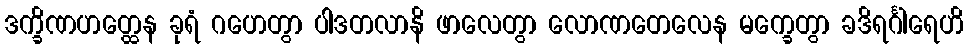
ဒက္ခိဏဟတ္ထေန ခုရံ ဂဟေတွာ ပါဒတလာနိ ဖာလေတွာ လောဏတေလေန မက္ခေတွာ ခဒိရင်္ဂါရေဟိ